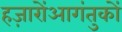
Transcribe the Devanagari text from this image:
हज़ारोंआगंतुकों